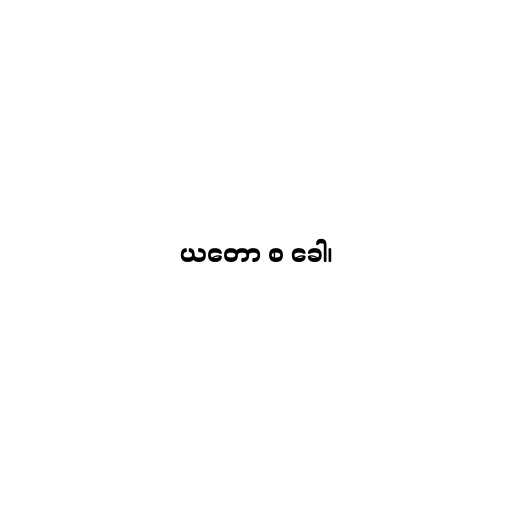
ယတော စ ခေါ၊